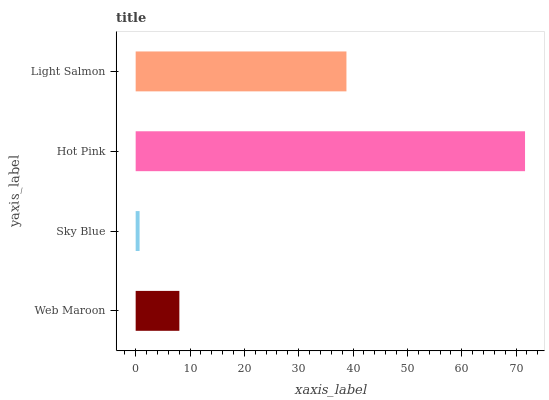
| yaxis_label | bars |
 | --- | --- |
 | Web Maroon | 8.04 |
 | Sky Blue | 0.721 |
 | Hot Pink | 71.6 |
 | Light Salmon | 38.8 |